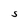
Character: S